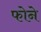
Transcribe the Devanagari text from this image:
फोने